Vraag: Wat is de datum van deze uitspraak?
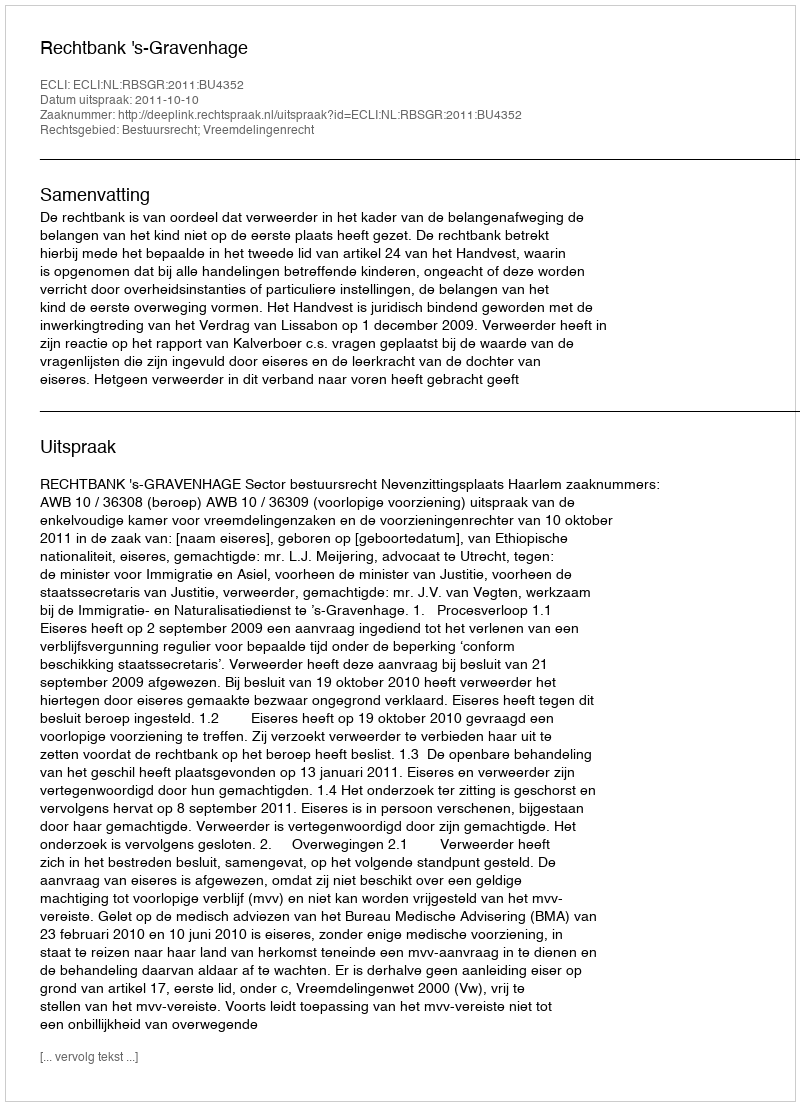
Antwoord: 2011-10-10